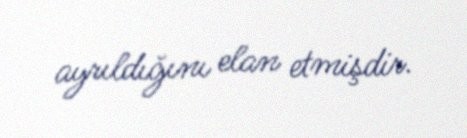
ayrıldığını elan etmişdir.